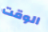
الوقت